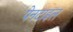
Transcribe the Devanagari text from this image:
पेनटाइल